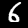
Digit: 6